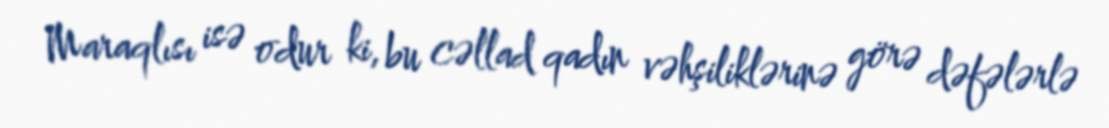
Maraqlısı isə odur ki, bu cəllad qadın vəhşiliklərinə görə dəfələrlə